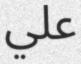
علي